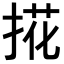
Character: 𢯘